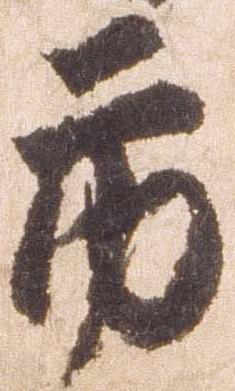
市